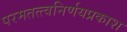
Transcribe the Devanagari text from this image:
परमतत्त्वनिर्णयप्रकाश